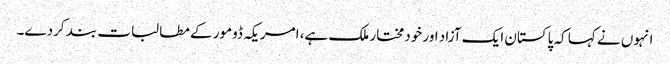
انہوں نے کہا کہ پاکستان ایک آزاد اور خودمختار ملک ہے، امریکہ ڈومور کے مطالبات بند کردے۔